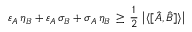
\varepsilon _ { A } \, \eta _ { B } + \varepsilon _ { A } \, \sigma _ { B } + \sigma _ { A } \, \eta _ { B } \, \geq \, { \frac { 1 } { 2 } } \, \left| \langle [ { \hat { A } } , { \hat { B } } ] \rangle \right|